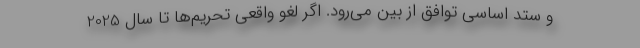
و ستد اساسی توافق از بین می‌رود. اگر لغو واقعی تحریم‌ها تا سال 2025